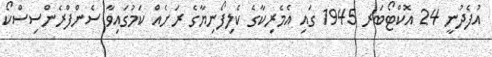
އުފެދުނީ 24 އޮކްޓޯބަރ 1945 ގައި އެމެރިކާގެ ކެލިފޯނިޔާގެ ރަށެއް ކަމުގައިވާ ސެންފްރެންސިސްކޯ